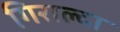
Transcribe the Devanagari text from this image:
गिराल्दा